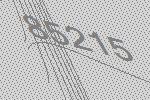
85215